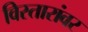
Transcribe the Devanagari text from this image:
विस्तारांवर